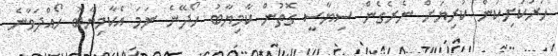
ހަރުކަށިކަން ކުރިޔަށް ނެރެގެން ސިޔާސީ ގޮތުން ކާމިޔާބު ހޯދޭނެ ނަމަ އެކާމިޔާބު ހޯއްދަވާނެ